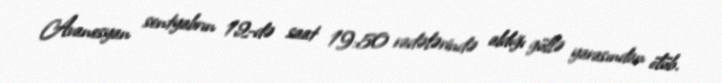
Avanesyan sentyabrın 12-də saat 19:50 radələrində aldığı güllə yarasından ölüb.